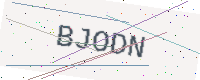
Text: BJODN